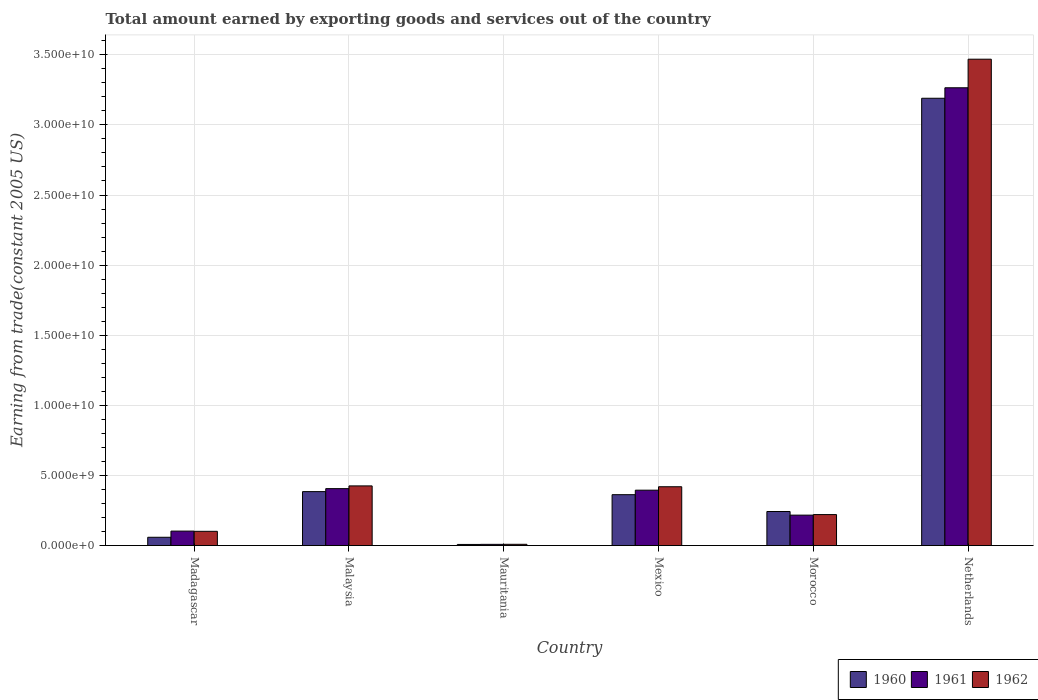
| Country | 1960 | 1961 | 1962 |
 | --- | --- | --- | --- |
 | Madagascar | 5.92e+08 | 1.03e+09 | 1.02e+09 |
 | Malaysia | 3.85e+09 | 4.06e+09 | 4.25e+09 |
 | Mauritania | 7.97e+07 | 8.64e+07 | 8.95e+07 |
 | Mexico | 3.63e+09 | 3.95e+09 | 4.19e+09 |
 | Morocco | 2.43e+09 | 2.17e+09 | 2.21e+09 |
 | Netherlands | 3.19e+10 | 3.26e+10 | 3.47e+10 |